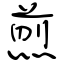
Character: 煎